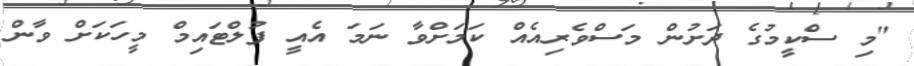
"މި ސްކީމުގެ ދަށުން މަސްވެރިއެއް ކަމަށްވާ ނަމަ އެއީ ފުލްޓައިމް މީހަކަށް ވާން